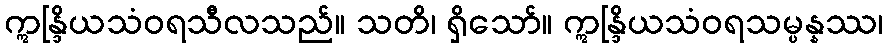
ဣန္ဒြိယသံဝရသီလသည်။ သတိ၊ ရှိသော်။ ဣန္ဒြိယသံဝရသမ္ပန္နဿ၊